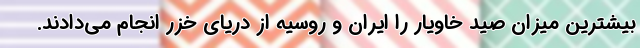
بیشترین میزان صید خاویار را ایران و روسیه از دریای خزر انجام می‌دادند.